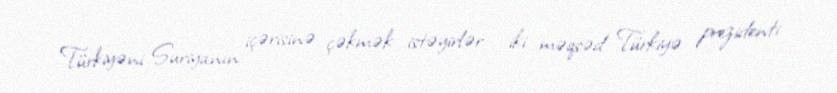
Türkiyəni Suriyanın içərisinə çəkmək istəyirlər - iki məqsəd Türkiyə prezidenti